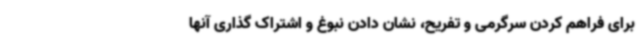
برای فراهم کردن سرگرمی و تفریح، نشان دادن نبوغ و اشتراک گذاری آنها